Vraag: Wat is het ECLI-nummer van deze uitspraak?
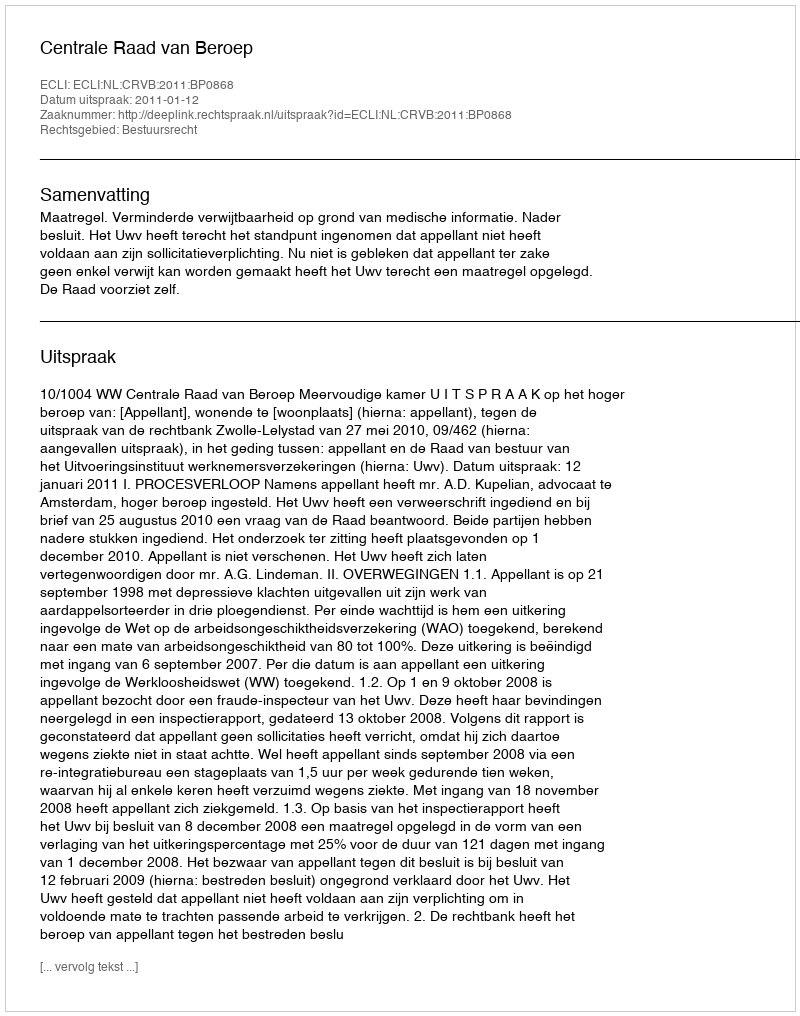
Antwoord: ECLI:NL:CRVB:2011:BP0868